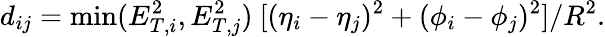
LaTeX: d_{ij}=\operatorname*{min}(E_{T,i}^{2},E_{T,j}^{2})\ [(\eta_{i}-\eta_{j})^{2}+(\phi_{i}-\phi_{j})^{2}]/R^{2}.